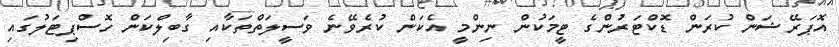
އޮޕަރޭޝަން ކުރަން ޑޮކްޓަރުންގެ ޓީމަކުން ނިންމީ އެކަން ކުރެވޭނެ ވަސީލަތްތަކާއި ގާބިލްކަން ހޮސްޕިޓަލުގައި